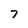
Character: 7